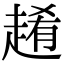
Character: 𧼡